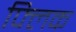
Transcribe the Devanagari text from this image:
फ्‍लिक